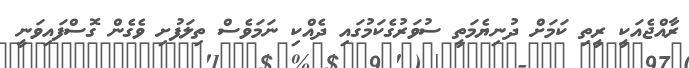
ރާއްޖެއަކީ ރީތި ކަމަށް ދުނިޔެމަތީ ސުވަރުގެކަމުގައި ދެއްކި ނަމަވެސް ތިލަފުުށި ވެގެން ގޮސްފައިވަނީ